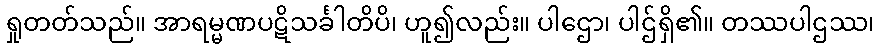
ရှုတတ်သည်။ အာရမ္မဏပဋိသင်္ခါတိပိ၊ ဟူ၍လည်း။ ပါဌော၊ ပါဌ်ရှိ၏။ တဿပါဌဿ၊